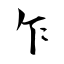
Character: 乍